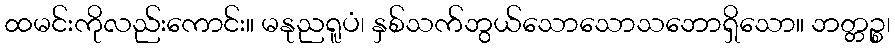
ထမင်းကိုလည်းကောင်း။ မနုညရူပံ၊ နှစ်သက်ဘွယ်သောသောသဘောရှိသော။ ဘတ္တဉ္စ၊